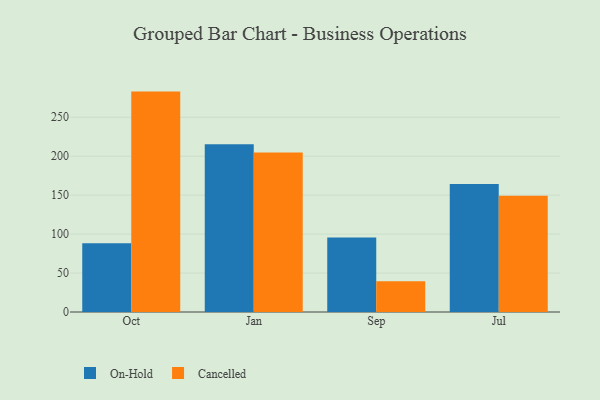
{"axis": {"x": "Month", "y": "Market Share (%)"}, "legend": ["Cancelled", "On-Hold"], "data": [{"x": "Oct", "y": 88.2, "type": "On-Hold"}, {"x": "Oct", "y": 282.9, "type": "Cancelled"}, {"x": "Jan", "y": 215.2, "type": "On-Hold"}, {"x": "Jan", "y": 204.7, "type": "Cancelled"}, {"x": "Sep", "y": 95.5, "type": "On-Hold"}, {"x": "Sep", "y": 39.4, "type": "Cancelled"}, {"x": "Jul", "y": 164.3, "type": "On-Hold"}, {"x": "Jul", "y": 149.1, "type": "Cancelled"}]}